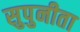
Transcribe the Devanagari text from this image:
सुपुनीता